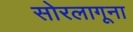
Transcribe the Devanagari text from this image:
सोरलागूना